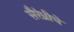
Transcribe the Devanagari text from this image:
सैरंध्रीचे